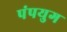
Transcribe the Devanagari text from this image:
पंपयुग